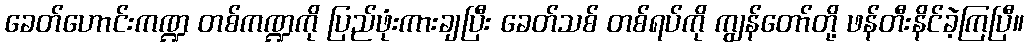
ခေတ်ဟောင်းကဏ္ဍ တစ်ကဏ္ဍကို ပြည်ဖုံးကားချပြီး ခေတ်သစ် တစ်ရပ်ကို ကျွန်တော်တို့ ဖန်တီးနိင်ခဲ့ကြပြီ။